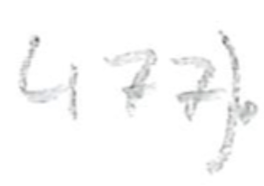
Text: 477).
Cross-out: clean
Writing tool: pencil